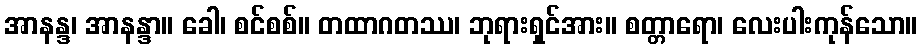
အာနန္ဒ၊ အာနန္ဒာ။ ခေါ၊ စင်စစ်။ တထာဂတဿ၊ ဘုရားရှင်အား။ စတ္တာရော၊ လေးပါးကုန်သော။